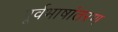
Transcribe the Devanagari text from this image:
पूर्वभाषांतरण